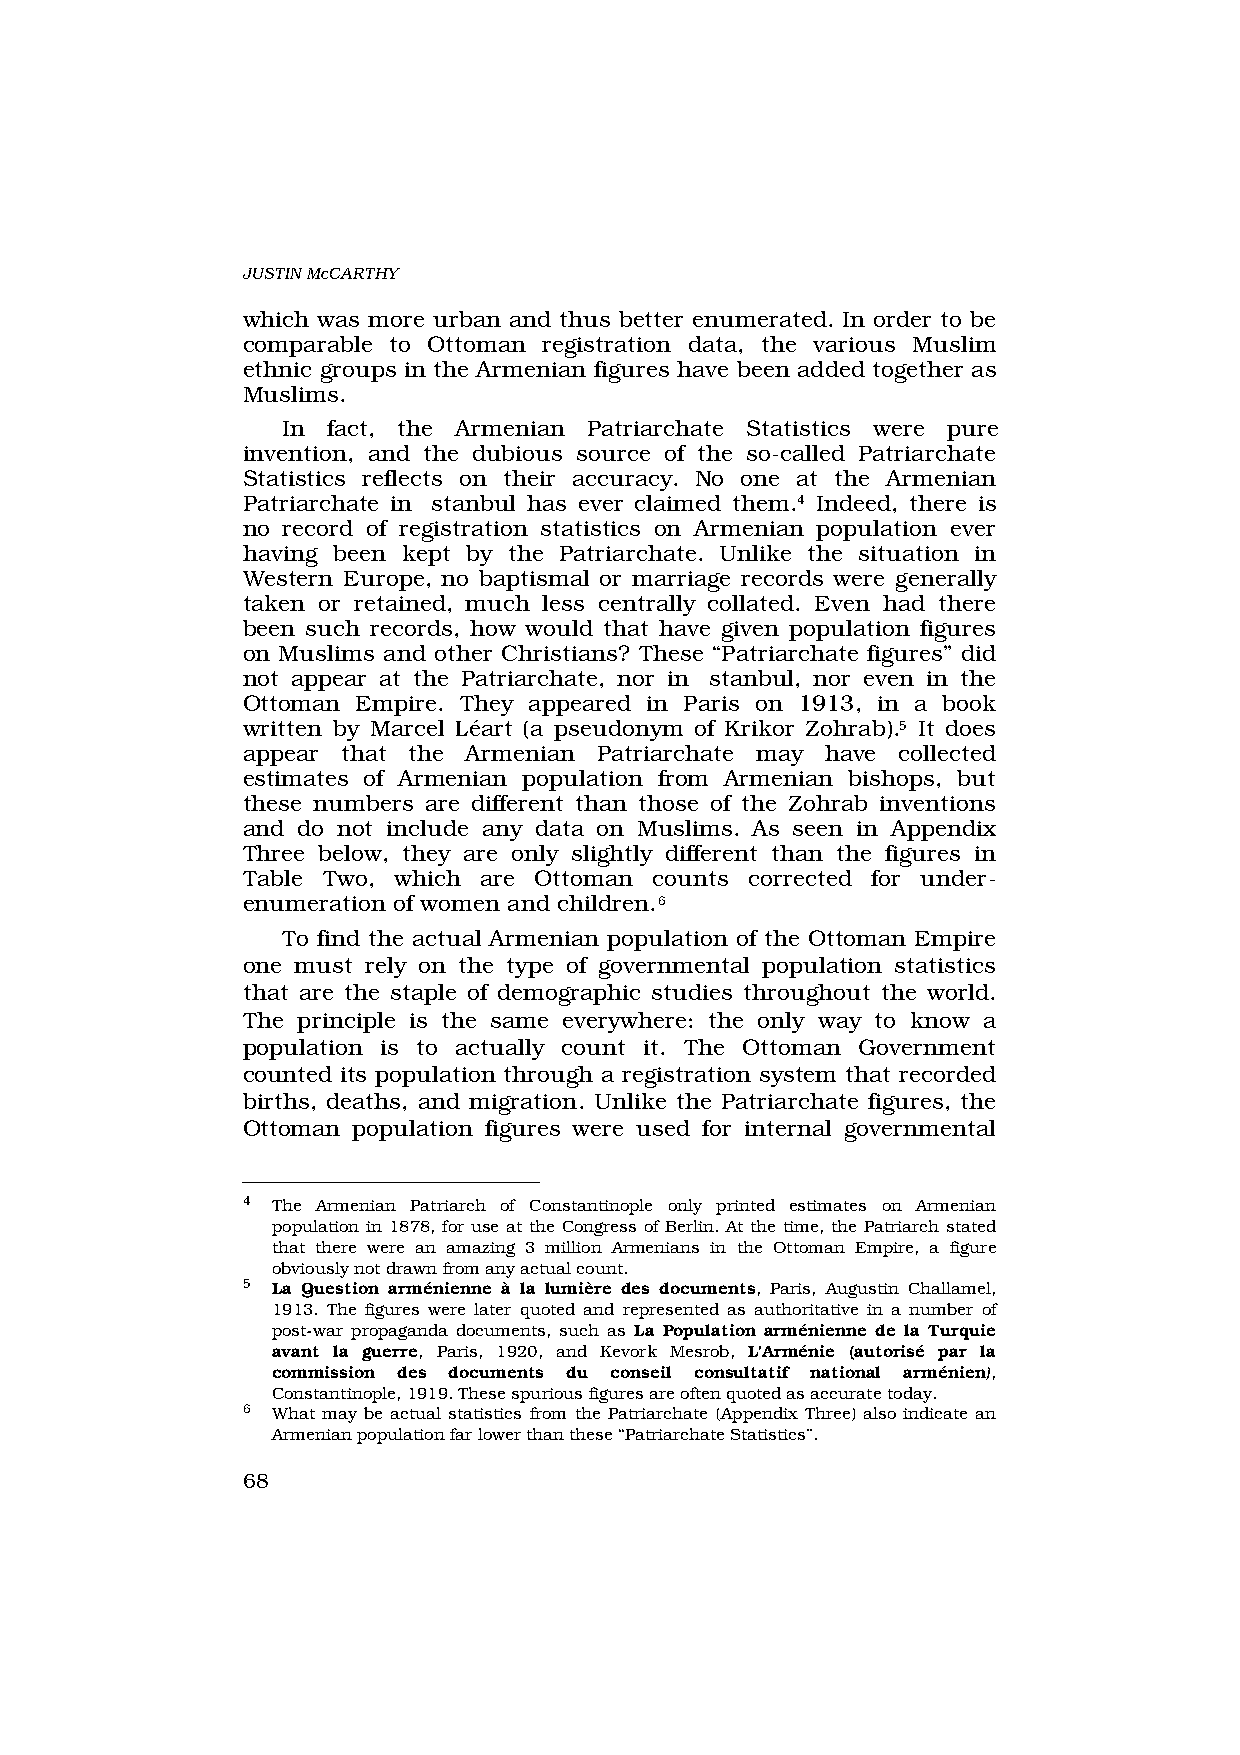
JUSTIN McCARTHY
 which was more urban and thus better enumerated. In order to be
 comparable to Ottoman registration data, the various Muslim
 ethnic groups in the Armenian figures have been added together as
 Muslims.
 In fact, the Armenian Patriarchate Statistics were pure
 invention, and the dubious source of the so-called Patriarchate
 Statistics reflects on their accuracy. No one at the Armenian
 Patriarchate in ‹stanbul has ever claimed them.4 Indeed, there is
 no record of registration statistics on Armenian population ever
 having been kept by the Patriarchate. Unlike the situation in
 Western Europe, no baptismal or marriage records were generally
 taken or retained, much less centrally collated. Even had there
 been such records, how would that have given population figures
 on Muslims and other Christians? These “Patriarchate figures” did
 not appear at the Patriarchate, nor in ‹stanbul, nor even in the
 Ottoman Empire. They appeared in Paris on 1913, in a book
 written by Marcel Léart (a pseudonym of Krikor Zohrab).5 It does
 appear that the Armenian Patriarchate may have collected
 estimates of Armenian population from Armenian bishops, but
 these numbers are different than those of the Zohrab inventions
 and do not include any data on Muslims. As seen in Appendix
 Three below, they are only slightly different than the figures in
 Table Two, which are Ottoman counts corrected for under-
 enumeration of women and children.6
 To find the actual Armenian population of the Ottoman Empire
 one must rely on the type of governmental population statistics
 that are the staple of demographic studies throughout the world.
 The principle is the same everywhere: the only way to know a
 population is to actually count it. The Ottoman Government
 counted its population through a registration system that recorded
 births, deaths, and migration. Unlike the Patriarchate figures, the
 Ottoman population figures were used for internal governmental
 4 The Armenian Patriarch of Constantinople only printed estimates on Armenian
 population in 1878, for use at the Congress of Berlin. At the time, the Patriarch stated
 that there were an amazing 3 million Armenians in the Ottoman Empire, a figure
 obviously not drawn from any actual count.
 5 La Question arménienne à la lumière des documents, Paris, Augustin Challamel,
 1913. The figures were later quoted and represented as authoritative in a number of
 post-war propaganda documents, such as La Population arménienne de la Turquie
 avant la guerre, Paris, 1920, and Kevork Mesrob, L'Arménie (autorisé par la
 commission des documents du conseil consultatif national arménien),
 Constantinople, 1919. These spurious figures are often quoted as accurate today.
 6 What may be actual statistics from the Patriarchate (Appendix Three) also indicate an
 Armenian population far lower than these “Patriarchate Statistics”.
 68